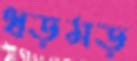
ধড়মড়